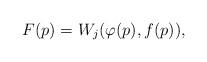
LaTeX: \begin{align*}F(p)=W_j(\varphi(p),f(p)), \end{align*}